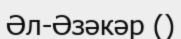
Әл-Әзәкәр ()